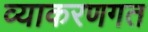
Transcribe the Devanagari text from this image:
व्याकरणगत